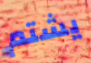
يشتم